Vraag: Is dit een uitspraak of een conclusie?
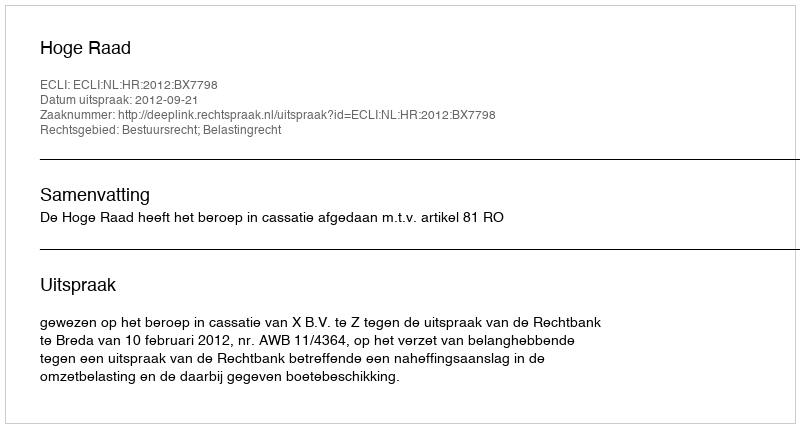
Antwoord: Uitspraak